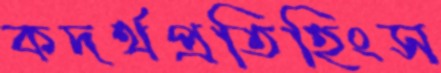
কদর্থপ্রতিহিংস